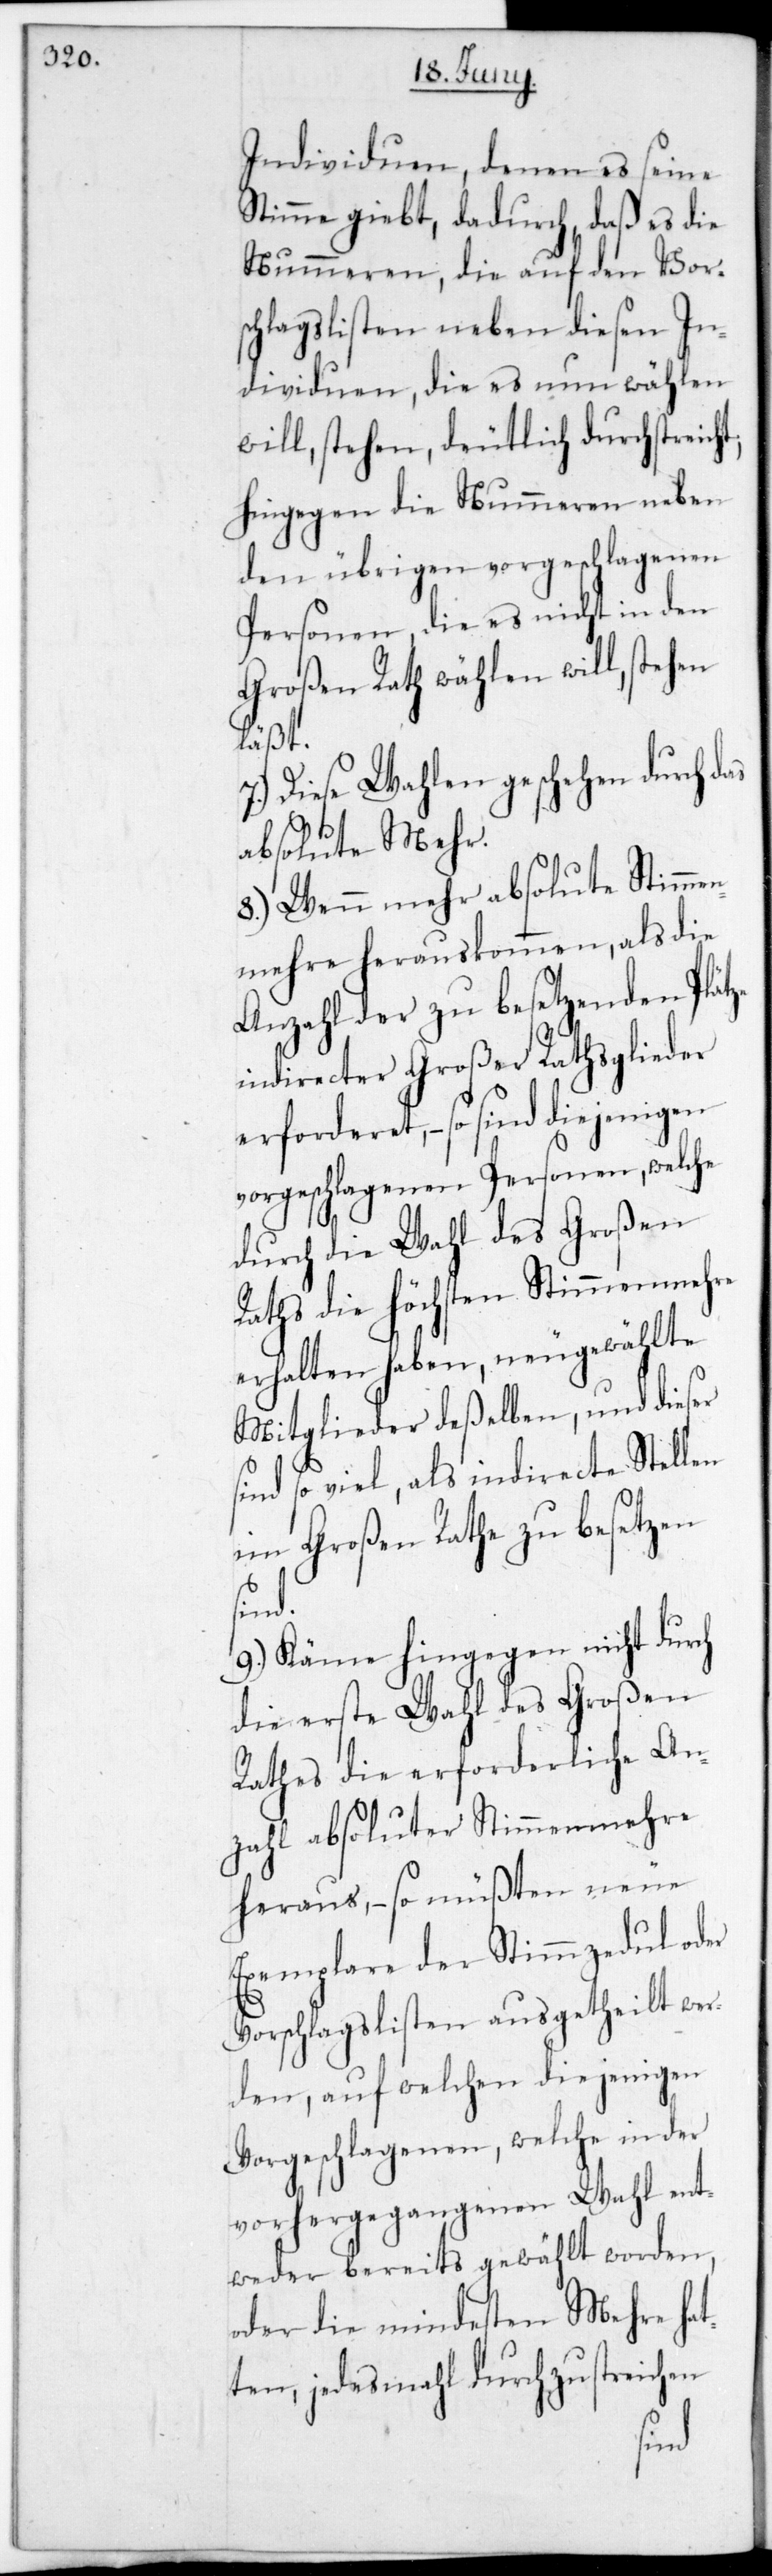
Individuen, denen es seine
Stimme gibt, dadurch, daß es die
Nummeren, die auf den Vor¬
schlagslisten neben diesen In¬
dividuen, die es nun wählen
will, stehen, deutlich durchstreicht,
hingegen die Nummeren neben
den übrigen vorgeschlagenen
Personen, die es nicht in den
Großen Rath wählen will, stehen
at¬
Diese Wahlen geschehen durch das
absolute Mehr.
8.) Wenn mehr absolute Stimmen¬
mehre herauskommen, als die
Anzahl der zu besetzenden Plätze
indirecter Großer Rathsglieder
erforderet, – so sind diejenigen
vorgeschlagenen Personen, welche
durch die Wahl des Großen
Raths die Höchsten Stimmenmehre
erhalten haben, neugewählte
Mitglieder deßelben, und dieser
so viel, als indirecte Stellen
im Großen Rate zu besetzen
sind.
9.) Käme hingegen nicht durch
die erste Wahl des Großen
Rates die Erforderliche An¬
zahl absoluter Stimmenmehre
heraus, – so müßten neue
Exemplare der Stimmzedul oder
Vorschlagslisten ausgetheilt wer¬
den, auf welchen diejenigen
Vorgeschlagenen, welche in der
vorhergegangenen Wahl ent¬
weder bereits gewählt worden,
oder die mindesten Mehre h¬
ten, jedes Mal durchzustreichen
sind